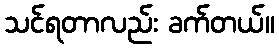
သင်ရတာလည်း ခက်တယ်။